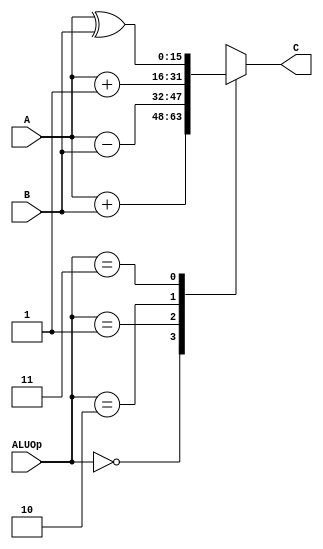
`timescale 1ns / 1ps
//////////////////////////////////////////////////////////////////////////////////
// Company: 
// Engineer: 
// 
// Design Name: 
// Module Name: ALU
// Project Name: 
// Target Devices: 
// Tool Versions: 
// Description: 
// 
// Dependencies: 
// 
// Revision:
// Revision 0.01 - File Created
// Additional Comments:
// 
//////////////////////////////////////////////////////////////////////////////////


module ALU#(parameter SIZE = 16)(
    input [SIZE-1:0] A,
    input [SIZE-1:0] B,
    input [1:0] ALUOp,
    output reg [SIZE-1:0] C
    );
    always @(*)
        case(ALUOp)
            2'b00:  C=A+B;
            2'b01:  C=A-B;
            2'b10:  C=A+1;
            2'b11:  C=A^B;
        endcase
endmodule